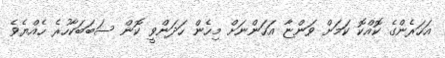
އަހަރެންގެ ކޮއްކޮ ކަމަށް ވަންޏާ އަހަންނަށް މިހެން ހަދަންވީ ކޮން ސަބަބަކާހުރެ ހެއްޔެވެ